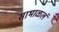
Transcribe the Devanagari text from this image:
साभाळलं